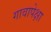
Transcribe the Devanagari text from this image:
गावापेक्षा